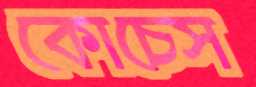
কোচেস